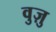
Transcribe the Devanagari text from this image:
वुज़ु